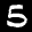
Label: 5